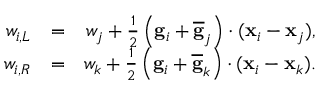
\begin{array} { r l r } { w _ { i , L } } & { = } & { w _ { j } + \frac { 1 } { 2 } \left( { \bf g } _ { i } + \overline { { \bf g } } _ { j } \right) \cdot ( { \bf x } _ { i } - { \bf x } _ { j } ) , } \\ { w _ { i , R } } & { = } & { w _ { k } + \frac { 1 } { 2 } \left( { \bf g } _ { i } + \overline { { \bf g } } _ { k } \right) \cdot ( { \bf x } _ { i } - { \bf x } _ { k } ) . } \end{array}